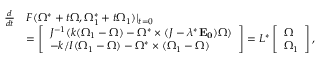
\begin{array} { r l } { \frac { d } { d t } } & { F ( \Omega ^ { * } + t \Omega , \Omega _ { 1 } ^ { * } + t \Omega _ { 1 } ) \vert _ { t = 0 } } \\ & { = \left[ \begin{array} { l } { J ^ { - 1 } ( k ( \Omega _ { 1 } - \Omega ) - \Omega ^ { * } \times ( J - \lambda ^ { * } \mathbf { E _ { 0 } } ) \Omega ) } \\ { - k / I ( \Omega _ { 1 } - \Omega ) - \Omega ^ { * } \times ( \Omega _ { 1 } - \Omega ) } \end{array} \right] = L ^ { * } \left[ \begin{array} { l } { \Omega } \\ { \Omega _ { 1 } } \end{array} \right] , } \end{array}